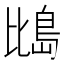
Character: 𪵕